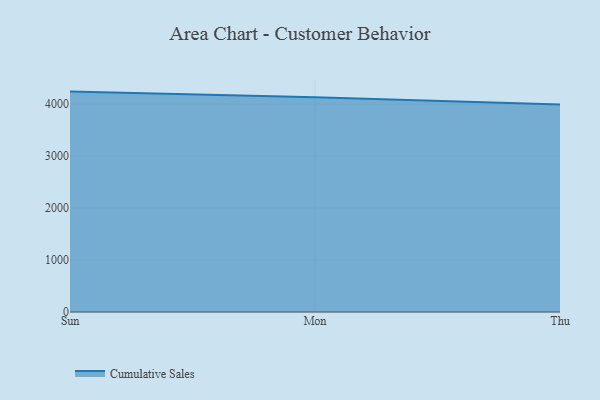
{"axis": {"x": "Day", "y": "Operating Costs (USD K)"}, "legend": ["Cumulative Sales"], "data": [{"x": "Sun", "y": 4240.2, "type": "Cumulative Sales"}, {"x": "Mon", "y": 4131.8, "type": "Cumulative Sales"}, {"x": "Thu", "y": 3990.7, "type": "Cumulative Sales"}]}